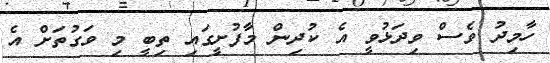
ހާމިދު ވެސް ވިދަޅުވީ އެ ކުދިން މާފުށީގައި ތިބީ މި ވަގުތަށް އެ